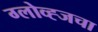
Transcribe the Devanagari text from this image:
ग्लोव्ह्जचा